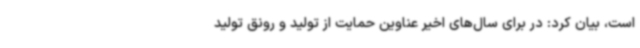
است، بیان کرد: در برای سال‌های اخیر عناوین حمایت از تولید و رونق تولید